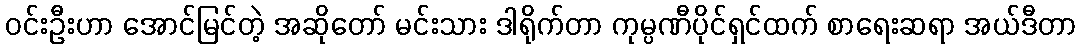
ဝင်းဦးဟာ အောင်မြင်တဲ့ အဆိုတော် မင်းသား ဒါရိုက်တာ ကုမ္ပဏီပိုင်ရှင်ထက် စာရေးဆရာ အယ်ဒီတာ